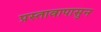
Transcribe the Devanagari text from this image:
प्रस्तावापासुन